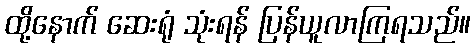
ထို့နောက် ဆေးရုံ သုံးရန် ပြန်ယူလာကြရသည်။